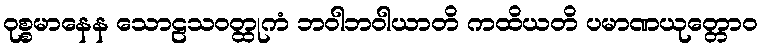
ဝုစ္စမာနေန သောဠသဝတ္ထုကံ ဘဝါဘဝါယာတိ ကထိယတိ ပမာဏယုတ္တောဝ